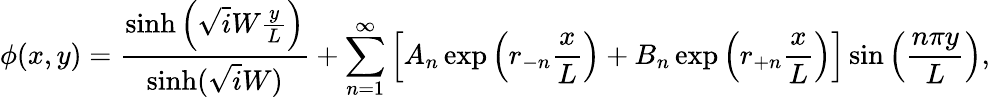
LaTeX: \phi(x,y)=\frac{\sinh\left(\sqrt iW\frac{y}{L}\right)}{\sinh(\sqrt iW)}+\sum_{n=1}^{\infty}\left[A_{n}\exp\left(r_{-n}\frac{x}{L}\right)+B_{n}\exp\left(r_{+n}\frac{x}{L}\right)\right]\sin\left(\frac{n\pi y}{L}\right),